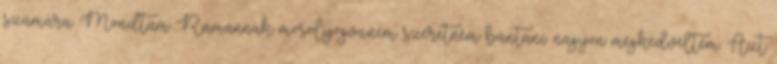
számára. Mondtam Ramannak mosolyogva.nem szeretném bántani. nagyon megkedveltem. Azt